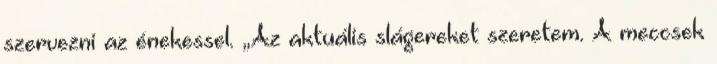
szervezni az énekessel. „Az aktuális slágereket szeretem. A meccsek